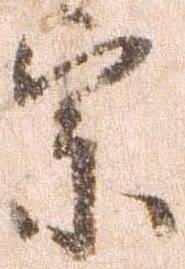
宗